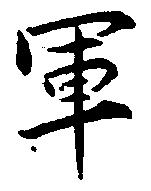
軍